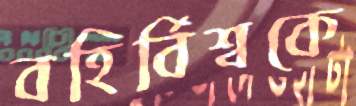
বহির্বিশ্বকে